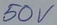
Text: 50V